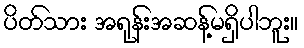
ပိတ်သား အရုန်းအဆန့်မရှိပါဘူး။